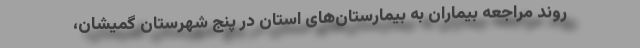
روند مراجعه بیماران به بیمارستان‌های استان در پنج شهرستان گمیشان،